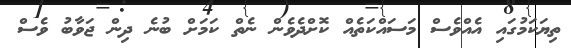
ތިޔަކަމުގައި އެއްވެސް މަސައްކަތެއް ކޮށްދެވެން ނެތް ކަމަށް ބުނެ ދިން ޖަވާބު ވެސް